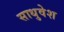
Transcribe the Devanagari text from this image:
साधुवेश